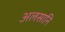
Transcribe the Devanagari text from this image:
अलसानि